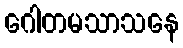
ဂေါတမသာသနေ